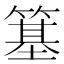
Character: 簊